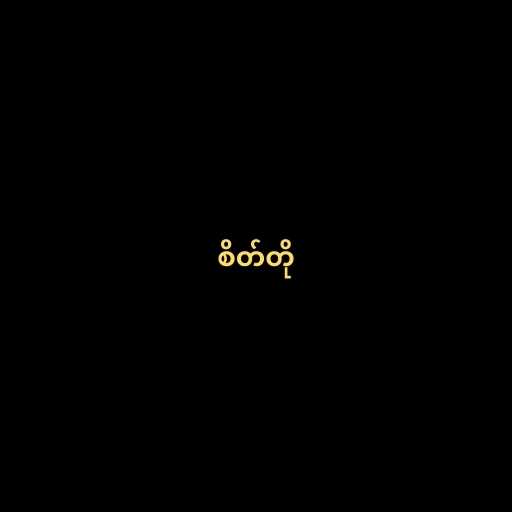
စိတ်တို